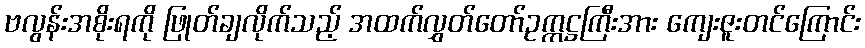
ဗလွန်းအစိုးရကို ဖြုတ်ချလိုက်သည့် အထက်လွှတ်တော်ဥက္ကဋ္ဌကြီးအား ကျေးဇူးတင်ကြောင်း